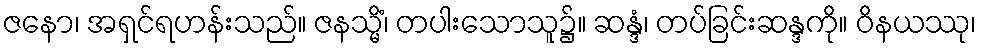
ဇနော၊ အရှင်ရဟန်းသည်။ ဇနသ္မိံ၊ တပါးသောသူ၌။ ဆန္ဒံ၊ တပ်ခြင်းဆန္ဒကို။ ဝိနယဿု၊